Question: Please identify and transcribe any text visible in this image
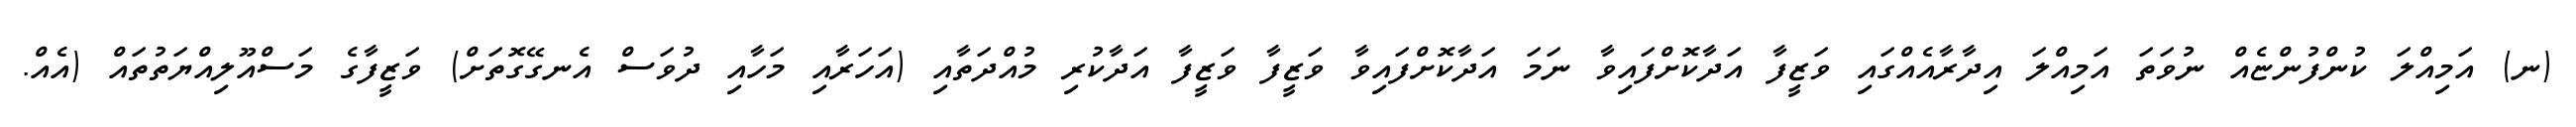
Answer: (ނ) އަމިއްލަ ކުންފުންޏެއް ނުވަތަ އަމިއްލަ އިދާރާއެއްގައި ވަޒީފާ އަދާކޮށްފައިވާ ނަމަ އަދާކޮށްފައިވާ ވަޒީފާ ވަޒީފާ އަދާކުރި މުއްދަތާއި (އަހަރާއި މަހާއި ދުވަސް އެނގޭގޮތަށް) ވަޒީފާގެ މަސްއޫލިއްޔަތުތައް (އެއް.